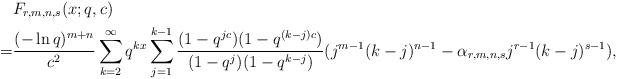
LaTeX: \begin{align*} & F_{r, m,n,s}(x; q, c) \\ =& \frac {(-\ln q)^{m+n}}{c^2} \sum^{\infty}_{k=2}q^{kx}\sum^{k-1}_{j=1}\frac {(1-q^{jc})(1-q^{(k-j)c})}{(1-q^j)(1-q^{k-j})}(j^{m-1}(k-j)^{n-1}-\alpha_{r,m,n,s}j^{r-1}(k-j)^{s-1}),\end{align*}